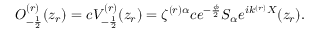
O _ { - \frac { 1 } { 2 } } ^ { ( r ) } ( z _ { r } ) = c V _ { - \frac { 1 } { 2 } } ^ { ( r ) } ( z _ { r } ) = \zeta ^ { ( r ) \alpha } c e ^ { - \frac { \phi } { 2 } } S _ { \alpha } e ^ { i k ^ { ( r ) } X } ( z _ { r } ) .